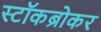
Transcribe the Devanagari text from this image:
स्‍टॉकब्रोकर